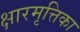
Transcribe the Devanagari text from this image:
क्षारमृत्तिका